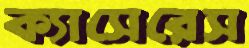
ক্যাসেরেস